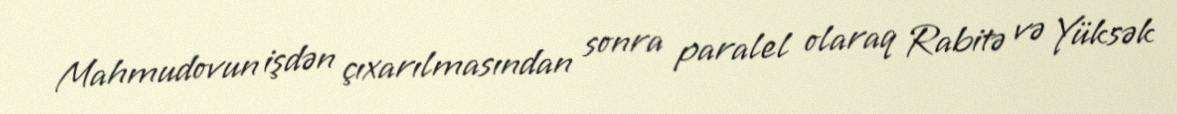
Mahmudovun işdən çıxarılmasından sonra paralel olaraq Rabitə və Yüksək